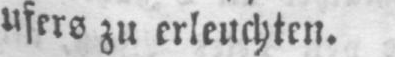
ufers zu erleuchten.